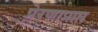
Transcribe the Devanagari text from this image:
प्रेरणाप्राप्त